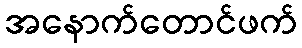
အနောက်တောင်ဖက်